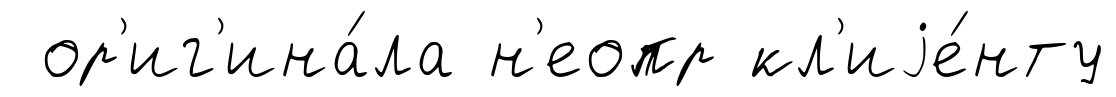
ор'иг'ина́ла н'еопр кл'иjе́нту